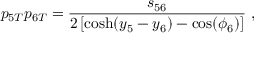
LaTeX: p _ { 5 T } p _ { 6 T } = { \frac { s _ { 5 6 } } { 2 \left[ \cosh ( y _ { 5 } - y _ { 6 } ) - \cos ( \phi _ { 6 } ) \right] } } \; ,